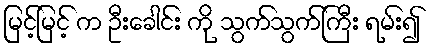
မြင့်မြင့် က ဦးခေါင်း ကို သွက်သွက်ကြီး ရမ်း၍